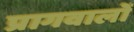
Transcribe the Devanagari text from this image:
प्रागवालों